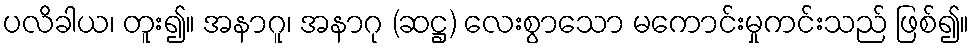
ပလိခါယ၊ တူး၍။ အနာဂူ၊ အနာဂု (ဆဋ္ဌ) လေးစွာသော မကောင်းမှုကင်းသည် ဖြစ်၍။